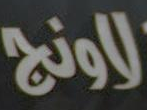
لاونج